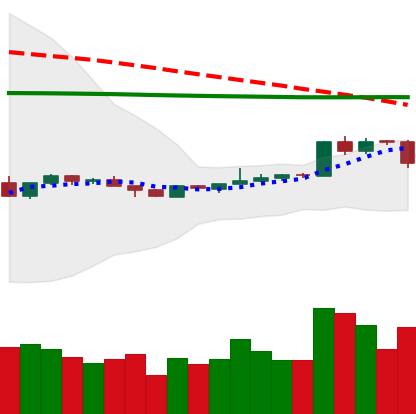
Ticker: EOS-USD
Chart end date: 2020-04-10
Forward return: -3.853%
Label: down_3_5